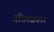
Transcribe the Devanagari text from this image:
गीतगद्यकार